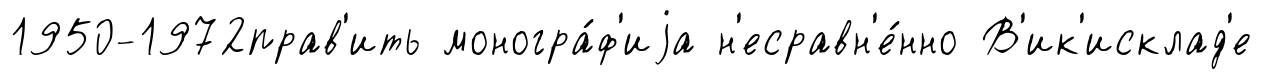
1950-1972прав'ить моногра́ф'иjа н'есравн'е́нно В'ик'исклад'е